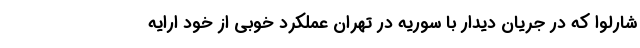
شارلوا که در جریان دیدار با سوریه در تهران عملکرد خوبی از خود ارایه